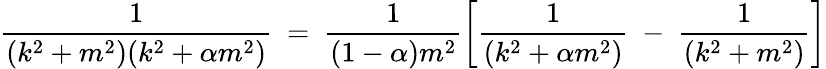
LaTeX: \frac{1}{(k^{2}+m^{2})(k^{2}+\alpha m^{2})}~=~\frac{1}{(1-\alpha)m^{2}}\left[\frac{1}{(k^{2}+\alpha m^{2})}~-~\frac{1}{(k^{2}+m^{2})}\right]